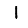
Digit: 1